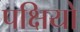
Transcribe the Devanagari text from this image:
पक्षियो